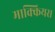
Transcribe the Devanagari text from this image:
माक्कियस